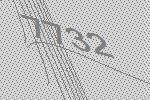
7732